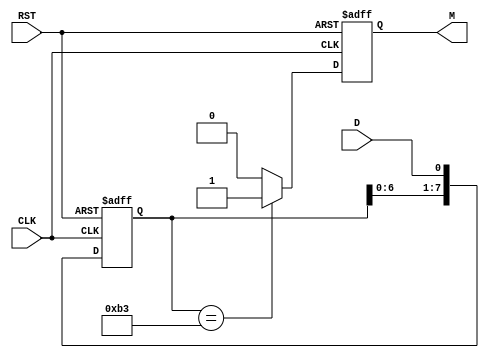
module pattern_detector #(
    parameter PATTERN = 8'b10110011, // Example pattern to detect
    parameter PATTERN_LENGTH = 8     // Length of the pattern
) (
    input wire D,                    // Data input
    input wire CLK,                  // Clock input
    input wire RST,                  // Reset input
    output reg M                     // Match output
);

    // State register to hold current pattern state
    reg [PATTERN_LENGTH-1:0] state;
    
    // Always block for asynchronous reset and state update
    always @(posedge CLK or posedge RST) begin
        if (RST) begin
            state <= 0;               // Reset state to 0 on RST
            M <= 0;                   // Reset match indicator
        end else begin
            // Shift in the new bit and check pattern
            state <= {state[PATTERN_LENGTH-2:0], D}; // Shift left and add new data bit

            // Check if current state matches the pattern
            if (state == PATTERN) begin
                M <= 1;                // Set match signal if pattern is detected
            end else begin
                M <= 0;                // Clear match signal otherwise
            end
        end
    end

endmodule